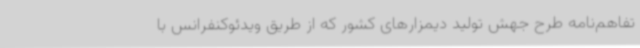
تفاهم‌نامه طرح جهش تولید دیمزارهای کشور که از طریق ویدئوکنفرانس با